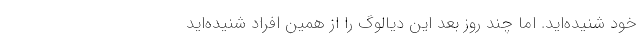
خود شنیده‌اید. اما چند روز بعد این دیالوگ را از همین افراد شنیده‌اید